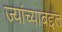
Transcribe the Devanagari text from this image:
ज्यांच्याबद्दल